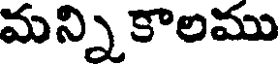
మన్ని కాలము